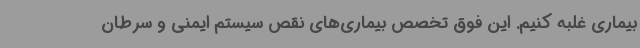
بیماری غلبه کنیم. این فوق تخصص بیماری‌های نقص سیستم ایمنی و سرطان